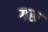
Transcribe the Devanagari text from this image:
गरू